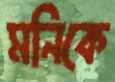
মনিকে